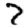
Digit: 7